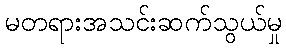
မတရားအသင်းဆက်သွယ်မှု